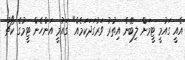
އެއީ ގައުމީ ޓީމަށް ލިބޭނެ އިތުރު ވަރުގަދަކަމެއް" ގައުމީ އަންހެން ޓީމުގެ ކޯޗު